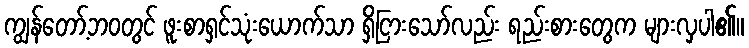
ကျွန်တော့်ဘဝတွင် ဖူးစာရှင်သုံးယောက်သာ ရှိငြားသော်လည်း ရည်းစားတွေက များလှပါ၏။